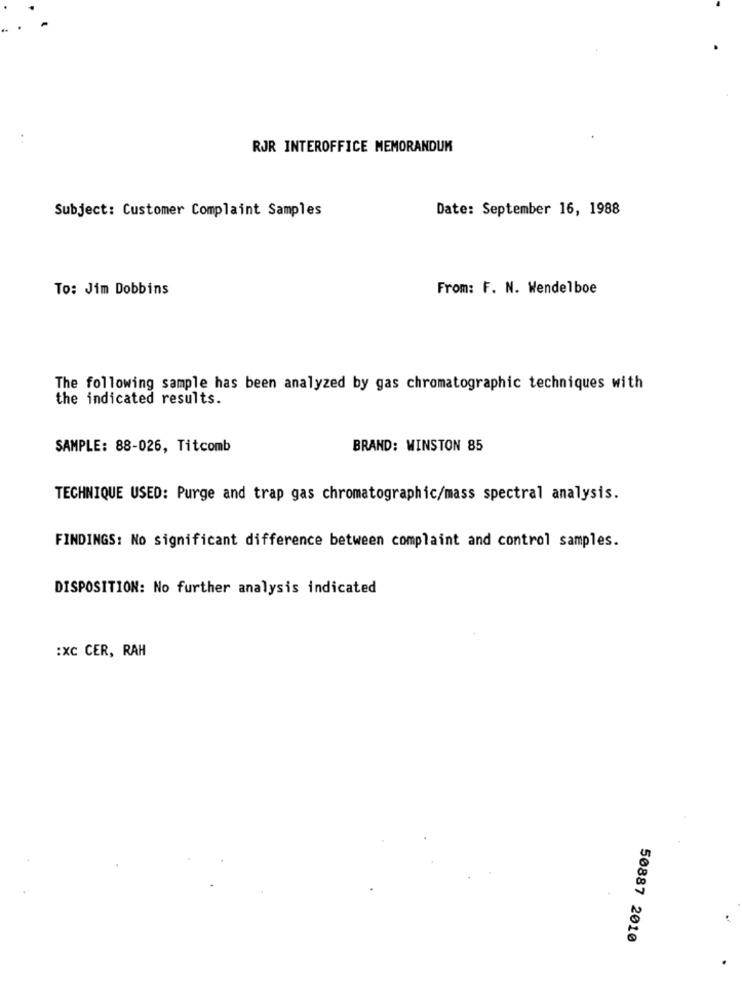
..
RJR INTEROFFICE MEMORANDUM
Subject: Customer Complaint Samples
Date: September 16, 1988
To: Jim Dobbins
From: F. N. Wendelboe
The following sample has been analyzed by gas chromatographic techniques with
the indicated results.
SAMPLE: 88-026, Titcomb
BRAND: WINSTON 85
TECHNIQUE USED: Purge and trap gas chromatographic/mass spectral analysis.
FINDINGS: No significant difference between complaint and control samples.
DISPOSITION: No further analysis indicated
:xc CER, RAH
50887 2010